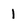
Character: l